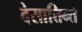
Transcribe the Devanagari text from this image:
देसात्तिन्ते